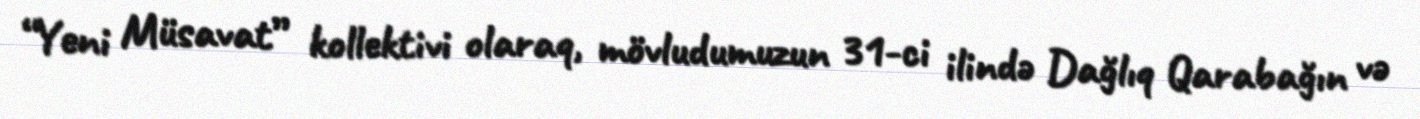
“Yeni Müsavat” kollektivi olaraq, mövludumuzun 31-ci ilində Dağlıq Qarabağın və